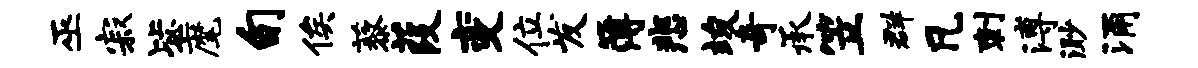
巫寂毖麾旬俟藜葭变位发簿悲竣奇承笠群凡刺溥渺涌